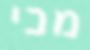
מכי